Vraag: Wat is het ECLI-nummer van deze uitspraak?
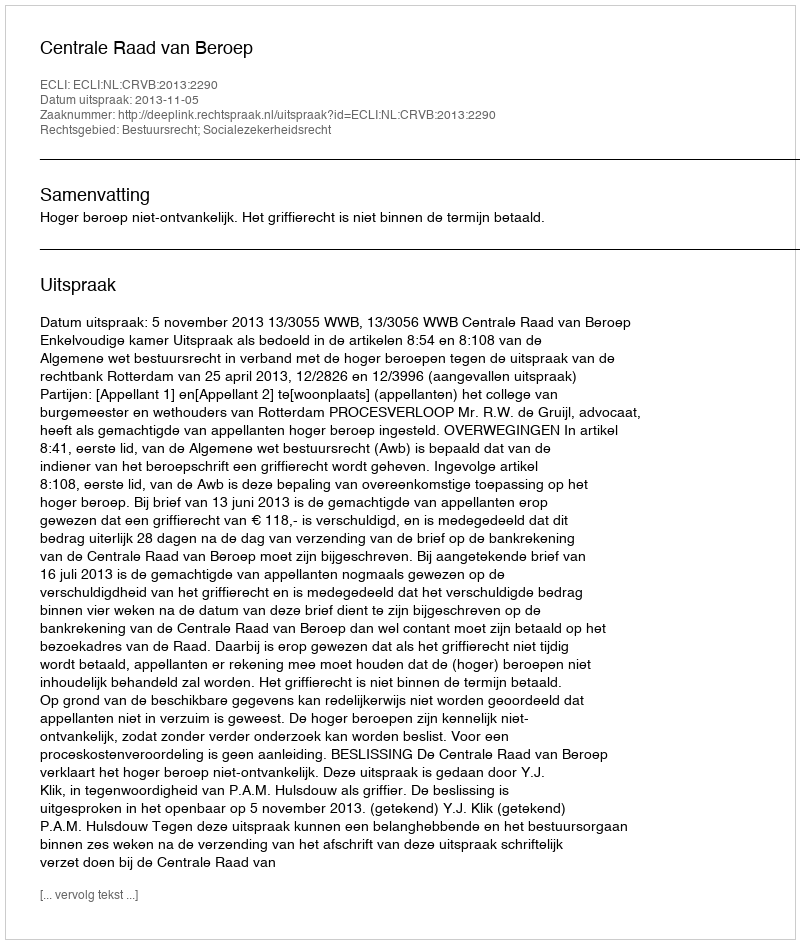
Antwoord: ECLI:NL:CRVB:2013:2290